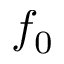
f _ { 0 }